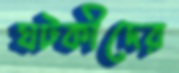
ঘটকীদের